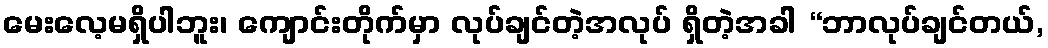
မေးလေ့မရှိပါဘူး၊ ကျောင်းတိုက်မှာ လုပ်ချင်တဲ့အလုပ် ရှိတဲ့အခါ “ဘာလုပ်ချင်တယ်,